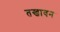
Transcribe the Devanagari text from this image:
तखावन